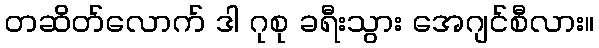
တဆိတ်လောက် ဒါ ဂုစု ခရီးသွား အေဂျင်စီလား။